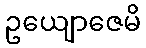
ဥယျောဇေမိ